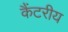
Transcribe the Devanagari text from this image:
कैंटरीय